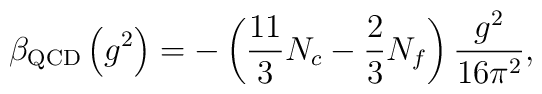
\beta_{\rm QCD}\left(g^2\right)=-\left(\frac{11}{3}N_c-\frac23N_f\right)\frac{g^2}{16\pi^2},